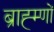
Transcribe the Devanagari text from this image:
ब्राह्म्णों